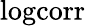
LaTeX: \mathrm{logcorr}